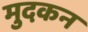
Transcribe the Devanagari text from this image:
मुदकन